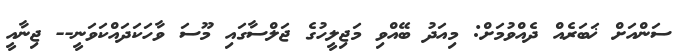
ސަންއަށް ޚަބަރެއް ދެއްވުމަށް: މިއަދު ބޭއްވި މަޖިލީހުގެ ޖަލްސާގައި މޫސަ ވާހަކަދައްކަވަނީ-- ޖިނާއީ